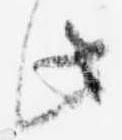
此